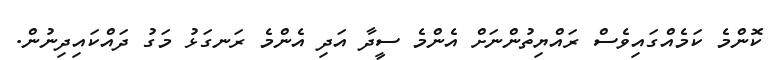
ކޮންމެ ކަމެއްގައިވެސް ރައްޔިތުންނަށް އެންމެ ސީދާ އަދި އެންމެ ރަނގަޅު މަގު ދައްކައިދިނުން.